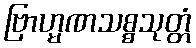
ဗြာဟ္မဏသစ္စသုတ္တံ